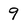
Character: 9